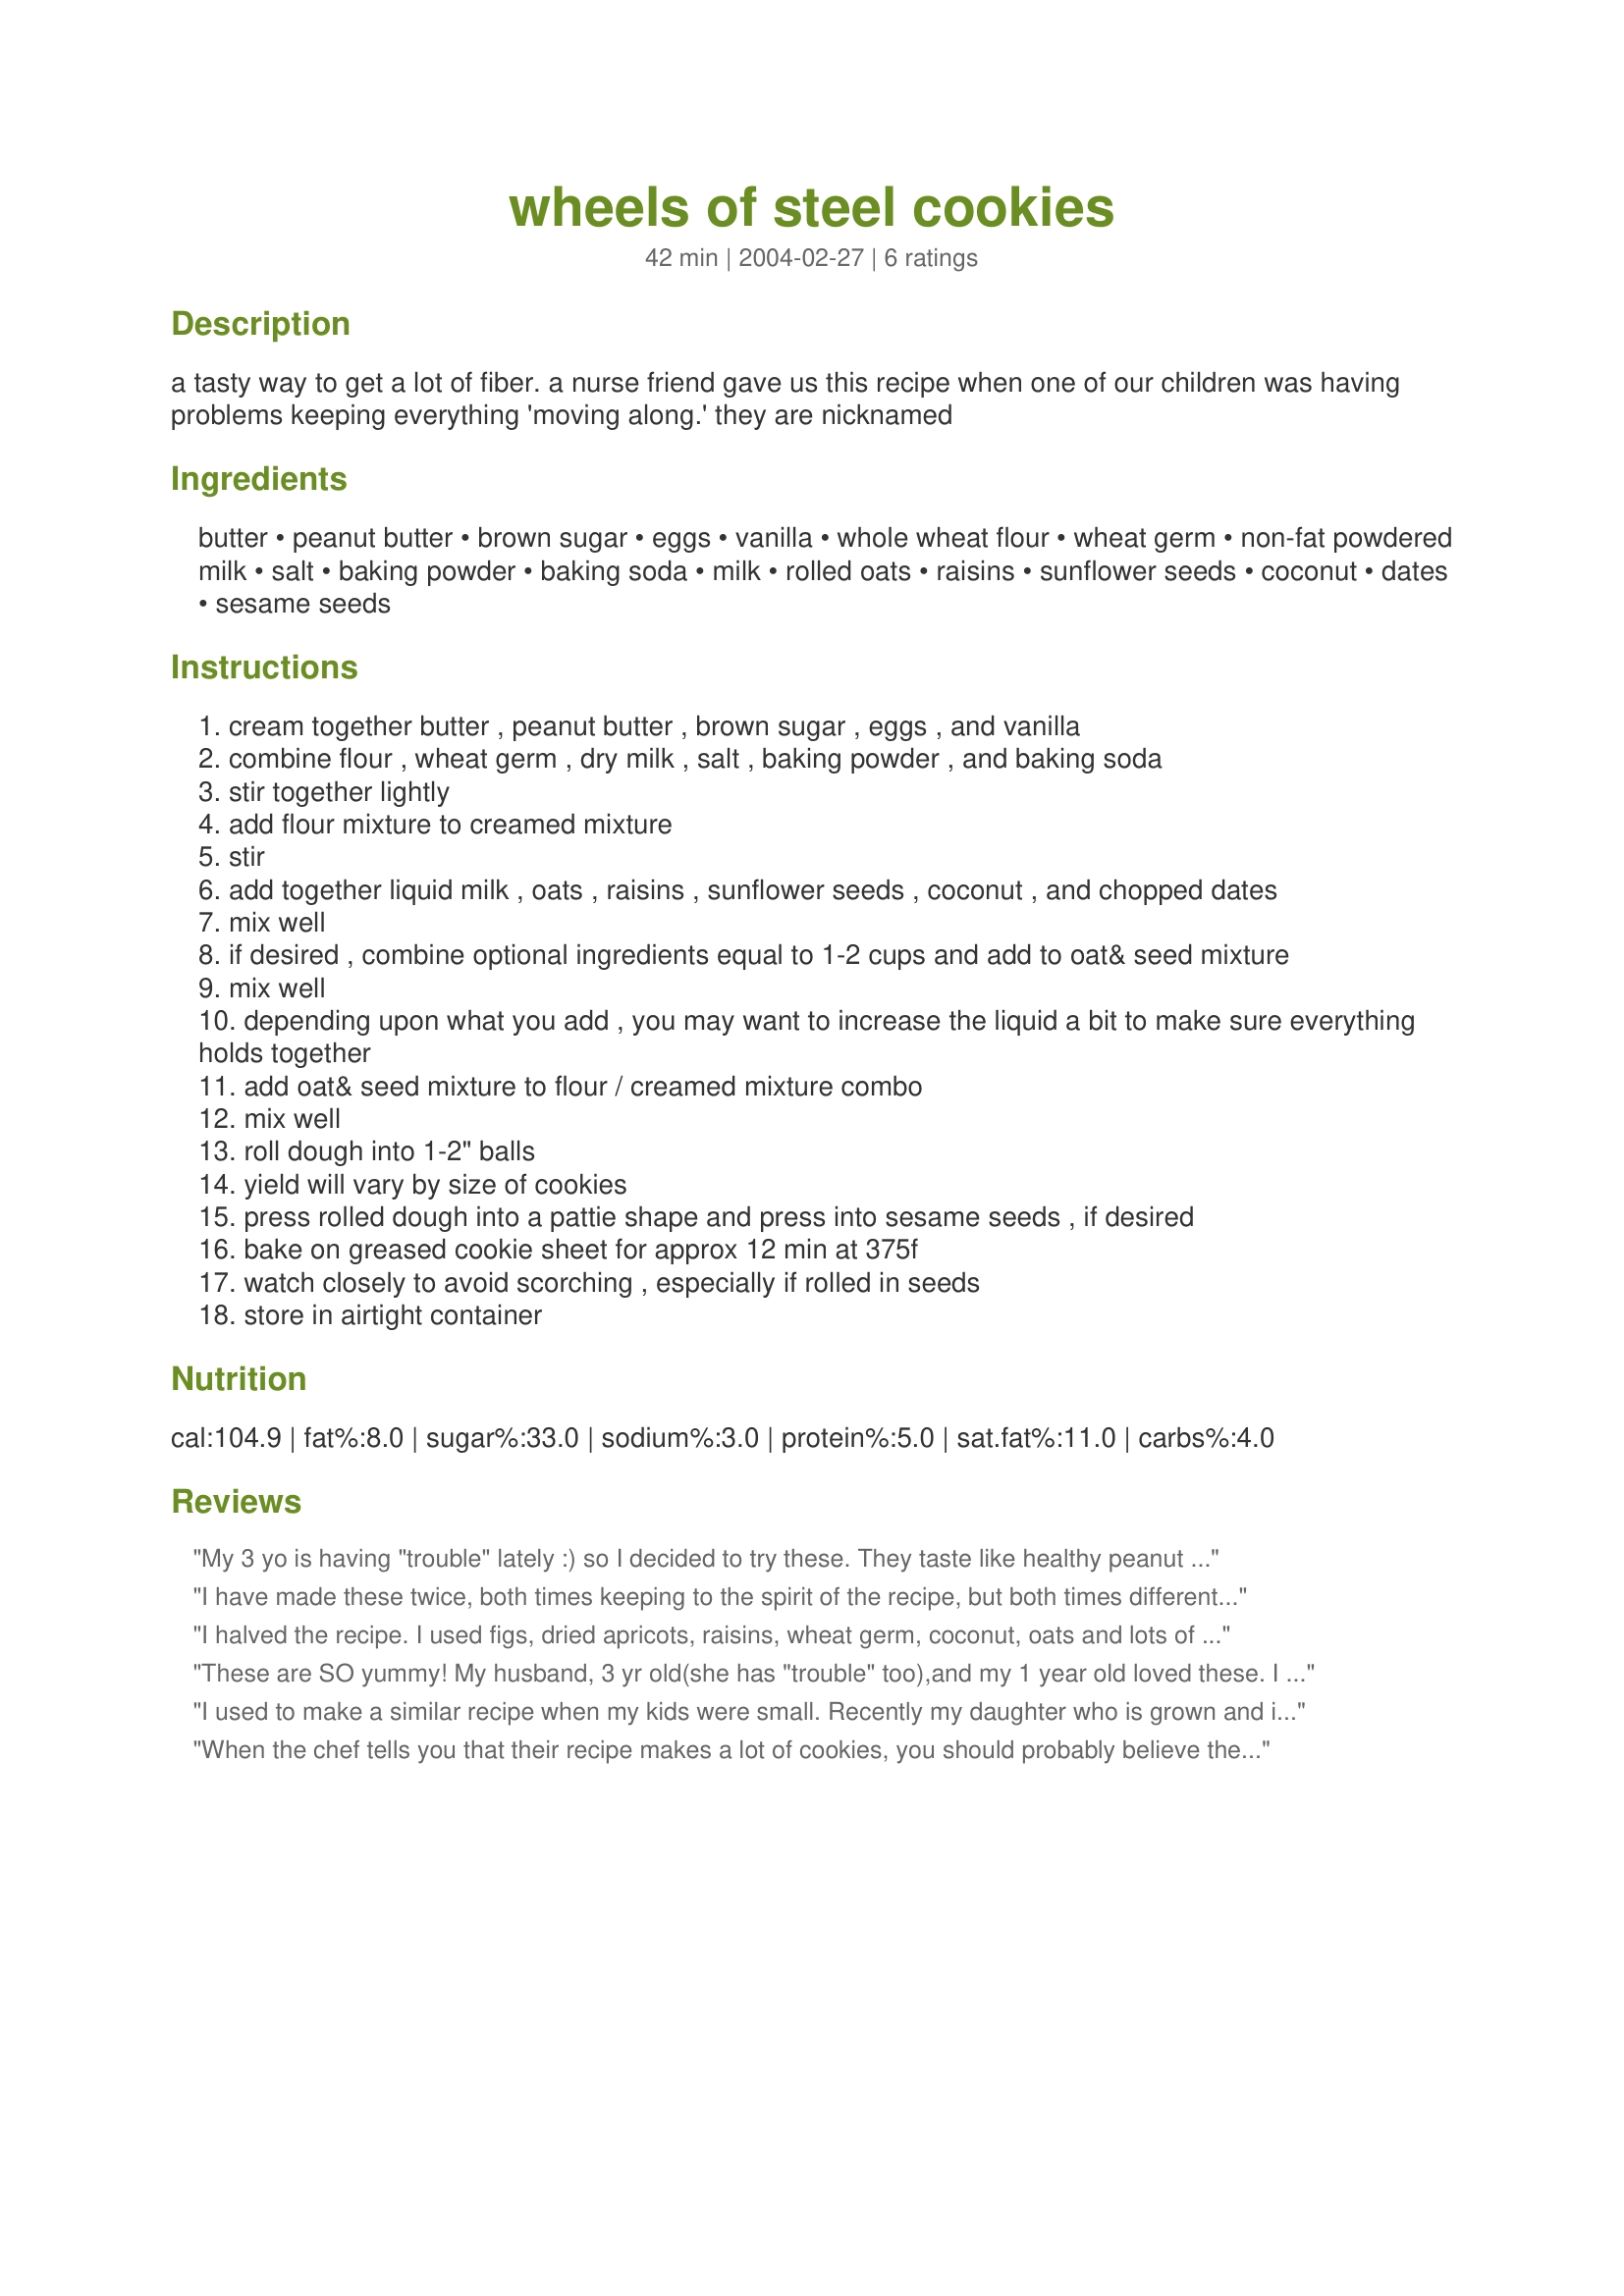
wheels of steel cookies
Preparation time: 42 minutes

a tasty way to get a lot of fiber. a nurse friend gave us this recipe when one of our children was having problems keeping everything 'moving along.' they are nicknamed

Ingredients:
butter, peanut butter, brown sugar, eggs, vanilla, whole wheat flour, wheat germ, non-fat powdered milk, salt, baking powder, baking soda, milk, rolled oats, raisins, sunflower seeds, coconut, dates, sesame seeds

Steps:
cream together butter , peanut butter , brown sugar , eggs , and vanilla
combine flour , wheat germ , dry milk , salt , baking powder , and baking soda
stir together lightly
add flour mixture to creamed mixture
stir
add together liquid milk , oats , raisins , sunflower seeds , coconut , and chopped dates
mix well
if desired , combine optional ingredients equal to 1-2 cups and add to oat& seed mixture
mix well
depending upon what you add , you may want to increase the liquid a bit to make sure everything holds together
add oat& seed mixture to flour / creamed mixture combo
mix well
roll dough into 1-2" balls
yield will vary by size of cookies
press rolled dough into a pattie shape and press into sesame seeds , if desired
bake on greased cookie sheet for approx 12 min at 375f
watch closely to avoid scorching , especially if rolled in seeds
store in airtight container

Reviews:
My 3 yo is having "trouble" lately :) so I decided to try these. They taste like healthy peanut butter cookies. I made 1/2 batch of larger cookies and got 18. Baked at 375Â° for about 15 min. Used dried cranberries, apricots, flax seed, oat bran, extra sunflower seeds. Used baby food prunes (4 oz) for milk. My 3 yo ate them, but started picking out all the fruit! At least he got the wheat, flax and bran! My 12 yo likes them and my picky 7 yo wouldn't try them (no surprise there.)
I have made these twice, both times keeping to the spirit of the recipe, but both times different, depending what I had in the house to add. Both were much tastier than I expected. I tried to up the fiber in each recipe with more oats, date purÃ©e, more whole wheat flour, then adjusted the other ingredients til I had the right consistency. I made a half recipe each time and made 1/3 cup cookies I rolled in unsweetened coconut and flattened by hand. Doing this, I got about 18 breakfast sized cookies out of a half recipe. It took longer to bake them, of course, but the result gives me a breakfast with plenty of fiber. I also used honey instead of the brown sugar. Lots of possibilities with this recipe, can't wait to try more. You should keep extras in the fridge or freezer I think to keep fresh. A good one.
I halved the recipe. I used figs, dried apricots, raisins, wheat germ, coconut, oats and lots of sunflower seeds. I didn't use any choc chips or carob chips.I found my dough to sticky for rolling so I used a cookie scoop and then flattened them. I got about 35 cookies and baked for 12 min. but I found the bottoms a little too brown on the first batch so I lowered the temp. to 350 for the rest. I didn't use any sesame seeds. I am eating them now and they are very good. Thanks Winkki for the great recipe.
These are SO yummy! My husband, 3 yr old(she has "trouble" too),and my 1 year old loved these. I followed the recipe and also used the prune baby food instead of the milk(had some left over from my son's baby food days). For the fruit I used bagged dried mixed fruit and craisins.I also had half a bag of the freeze dried Gerber banana and strawberries so I threw that in too! I rolled mine in cocount and flattened before cooking. I also froze half of the cookies(uncooked) because of the large quantity. I baked at 350 for 13 minutes. I would say the best way to describe these would be "trail mix cookies". Thanks for such a good recipe Winkki.
I used to make a similar recipe when my kids were small. Recently my daughter who is grown and in an intense accelerated college program asked me if i remembered them and would I make them again? Apparently the stress was slowin things down....I put flax and poppy seed in these. If they are too sticky, refrigerate them for a couple of hours or overnight.
When the chef tells you that their recipe makes a lot of cookies, you should probably believe them. This one over-ran my mixer's largest bowl and I had to move it to my huge tupperware bowl and finish it by hand. I followed the recipe quantities as written and ended up with something like 14 dozen (which is a HUGE quantity for the two of us). The next time we make them, I'll make sure to halve the recipe for a more normal sized batch. I doubled up on the sunflower seeds because I like them (Winkki said that this recipe is very forgiving of substitutions), subbed quinoa seeds for the sesame seeds (because I had them on hand), and butter scotch chips for the carob (for the same reason). I also found that the cookies turned out better baked (for me, anyway) if they were baked at 350° for a minute or so longer than the recipe calls for.
